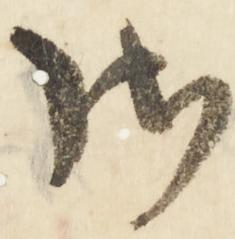
御